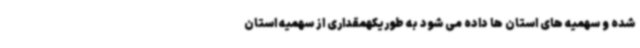
شده و سهمیه های استان ها داده می شود به طوریکهمقداری از سهمیه استان